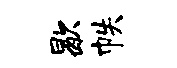
歇帙